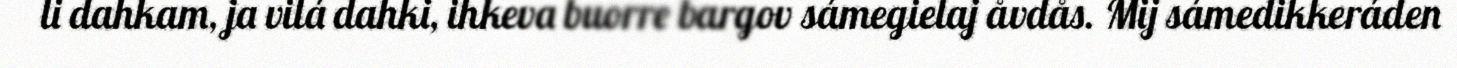
li dahkam, ja vilá dahki, ihkeva buorre bargov sámegielaj åvdås. Mij sámedikkeráden